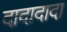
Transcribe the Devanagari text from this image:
दादादादा